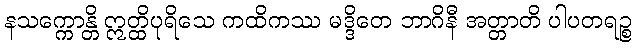
နသက္ကောန္တိ ဣတ္ထိပုရိသေ ကထိကဿ မဒ္ဒိတေ ဘာဂိနီ အတ္တာတိ ပါပတရဉ္စ